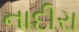
નાદીરા